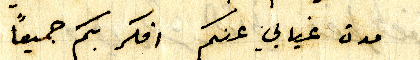
مدة غيابي عنكم افكر بكم جميعاً